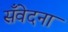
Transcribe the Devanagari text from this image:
सँवेदना